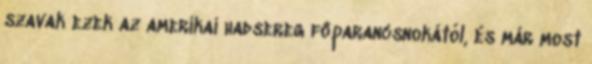
szavak ezek az amerikai hadsereg főparancsnokától, és már most